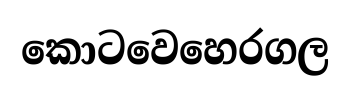
කොටවෙහෙරගල